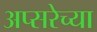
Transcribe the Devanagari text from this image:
अप्सरेच्या